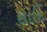
સાદિ